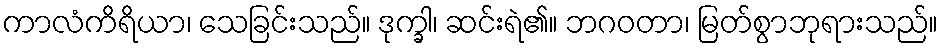
ကာလံကိရိယာ၊ သေခြင်းသည်။ ဒုက္ခါ၊ ဆင်းရဲ၏။ ဘဂဝတာ၊ မြတ်စွာဘုရားသည်။